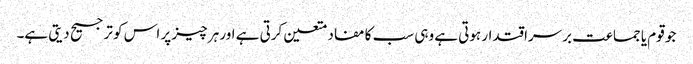
جو قوم یا جماعت برسراقتدار ہوتی ہے وہی سب کا مفاد متعین کرتی ہے اور ہر چیز پر اس کو ترجیح دیتی ہے۔